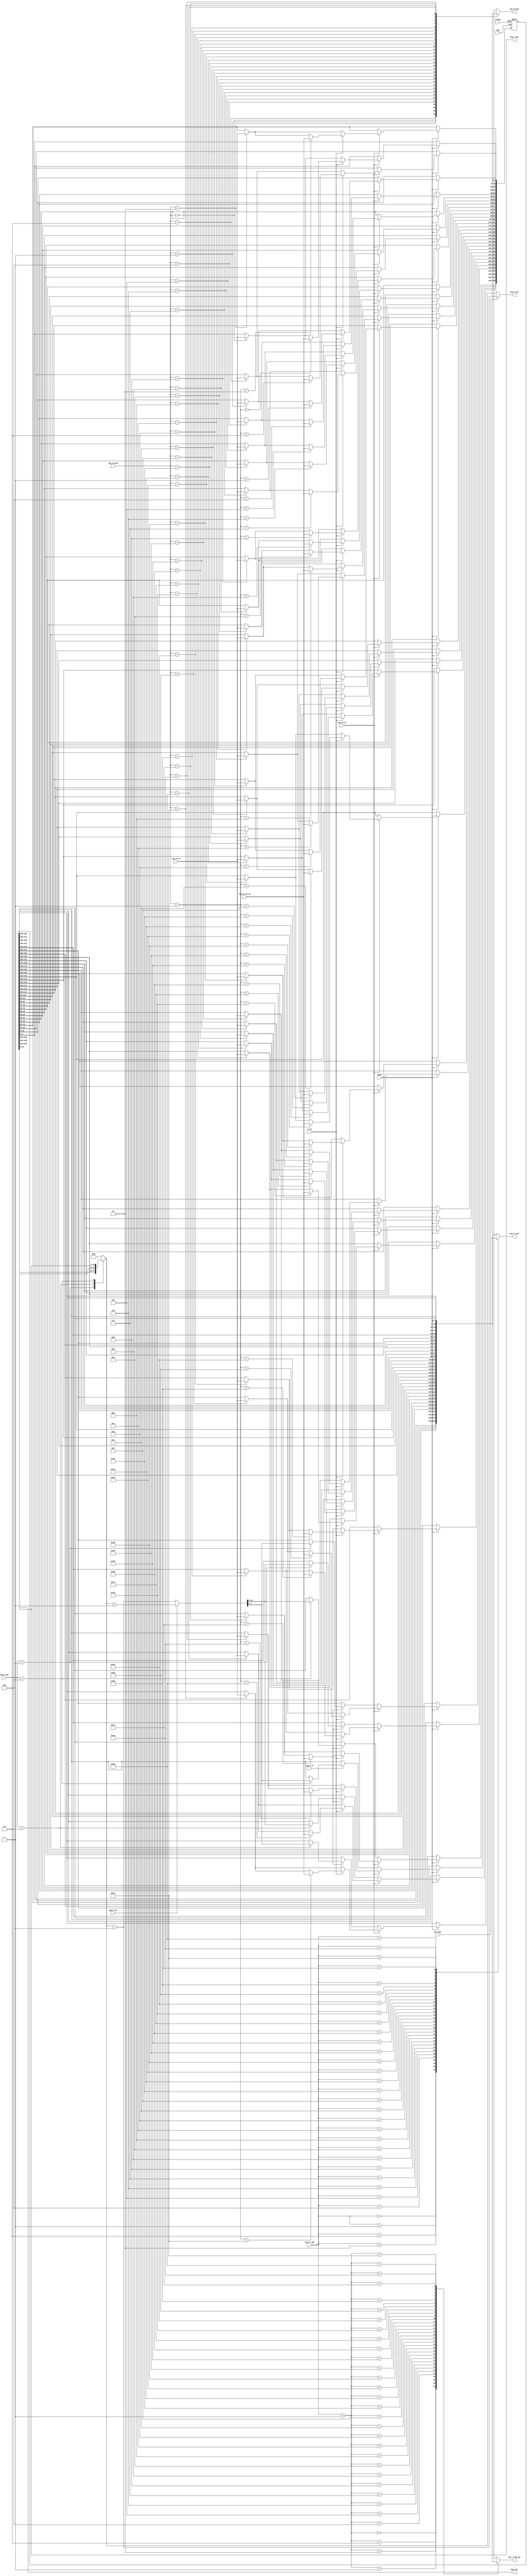
//**********************************************************************************************
//  General purpose register file for the AVR Core
//  Version 2.1 (Special version for the JTAG OCD)
//  Modified 02.11.2011
//  Designed by Ruslan Lepetenok
//  std_library was added
//  Converted to Verilog (Verilog-2001)
//  ((reg_rd_adr + 1) == i[4:0]) was replaced with ((reg_rd_adr[4:0] + 5'd1) == i[4:0]) to 
//  pass Formality check 
//  Modified 02.07.12
//**********************************************************************************************

`timescale 1 ns / 1 ns

module reg_file(
                cp2, 
		cp2en, 
		ireset, 
		reg_rd_in, 
		reg_rd_out, 
		reg_rd_adr, 
		reg_rr_out, 
		reg_rr_adr, 
		reg_rd_wr, 
		post_inc, 
		pre_dec, 
		reg_h_wr, 
		reg_h_out, 
		reg_h_adr, 
		reg_z_out, 
		w_op, 
		reg_rd_hb_in, 
		reg_rr_hb_out, 
		spm_out
		);
   
   parameter     use_rst = 1; // Used to implement reset for GPRF (for simulation)
   
   //Clock and reset
   input         cp2;
   input         cp2en;
   input         ireset;
   
   input [7:0]   reg_rd_in;
   output [7:0]  reg_rd_out;
   input [4:0]   reg_rd_adr;
   output [7:0]  reg_rr_out;
   input [4:0]   reg_rr_adr;
   input         reg_rd_wr;
   
   input         post_inc;		// POST INCREMENT FOR LD/ST INSTRUCTIONS
   input         pre_dec;		// PRE DECREMENT FOR LD/ST INSTRUCTIONS
   input         reg_h_wr;
   output [15:0] reg_h_out;
   input [2:0]   reg_h_adr;		// x,y,z
   output [15:0] reg_z_out;		// OUTPUT OF R31:R30 FOR LPM/ELPM/IJMP INSTRUCTIONS
   // Extended instructions 
   input         w_op;
   input [7:0]   reg_rd_hb_in;
   output [7:0]  reg_rr_hb_out;
   output [15:0] spm_out;
   
   reg [7:0]     gprf_current[0:31];
   reg [7:0]     gprf_next[0:31];
   wire [15:0]   reg_h_in;
   wire [15:0]   sg_adr16_postinc;
   wire [15:0]   sg_adr16_predec;
   reg [15:0]    sg_tmp_h_data;
   
   // Added 02.07.12
   localparam LP_GPRF_VECT_LEN = 8*32;
   
   reg [LP_GPRF_VECT_LEN-1:0]     gprf_current_vect;
   reg [LP_GPRF_VECT_LEN-1:0]     gprf_next_vect;   
   
//@@@@@@@@@@@@@@@@@@@@@@@@@@@@@@@@@@@@@@@@@@@@@@@@@@@@@@@@@@@@@@@@@@@@@@@@@@@@@@@@@@@@@@@@@@@@@@@@@@@@@@@@@@ 
 
 
   always@*
   begin : vec_array_cnv
   integer i;
   integer j;
   reg[7:0] tmp_rg_v2a;
   reg[7:0] tmp_rg_a2v;
   
    for(i = 0;i < 32;i = i + 1) begin
     tmp_rg_a2v = gprf_next[i];
     for(j = 0;j < 8;j = j + 1) begin
      gprf_next_vect[i*8+j] = tmp_rg_a2v[j];
      tmp_rg_v2a[j] = gprf_current_vect[i*8+j];
     end
      gprf_current[i] = tmp_rg_v2a; 
    end
   end // vec_array_cnv
   
   generate

    if (!use_rst)
     begin : impl_no_rst
            
      always @(posedge cp2)
      begin: gprf_seq
            gprf_current_vect <= gprf_next_vect;  // Must be modified (array)
         end // gprf_seq
      end // impl_no_rst

      else // (use_rst == 1)
      begin : impl_rst
         
         always @(posedge cp2 or negedge ireset)
         begin: gprf_seq
            if (!ireset)
             gprf_current_vect <= {LP_GPRF_VECT_LEN{1'b0}};  // Must be modified (array)
            else 
             gprf_current_vect <= gprf_next_vect;  // Must be modified (array)
            end // gprf_seq
         end // impl_rst


    endgenerate
         
         assign sg_adr16_postinc = sg_tmp_h_data + 1;		// Address incrementer
         assign sg_adr16_predec  = sg_tmp_h_data - 1;		// Address decrementer 
         
         // Address bus
         assign reg_h_out = ((pre_dec)) ? sg_adr16_predec : 		// PREDECREMENT
                            sg_tmp_h_data;		// NO PREDECREMENT
         
         // X/Y/Z registers inputs 
         assign reg_h_in = ((post_inc)) ? sg_adr16_postinc : 		// POST INC 
                           sg_adr16_predec;		// PRE DEC
         
         
//         always @(reg_h_adr or gprf_current)
         always @(*)
         begin: hi_regs_mux_comb
            sg_tmp_h_data = {16{1'b0}};
            case (reg_h_adr)
               3'b001 :		// Selects X
                  sg_tmp_h_data = {gprf_current[27], gprf_current[26]};
               3'b010 :		// Selects Y
                  sg_tmp_h_data = {gprf_current[29], gprf_current[28]};
               3'b100 :		// Selects Z
                  sg_tmp_h_data = {gprf_current[31], gprf_current[30]};
               default :
                  sg_tmp_h_data = {16{1'b0}};
            endcase
            end // hi_regs_mux_comb
            
            
//            always @(gprf_current or cp2en or reg_rd_in or reg_rd_adr or reg_rd_wr or reg_h_wr or reg_h_adr or w_op or reg_rd_hb_in or reg_h_in)
            always @(*)
            begin: gprf_comb
               integer       i;
               for(i = 0; i < 32; i = i + 1) gprf_next[i] = gprf_current[i];		// Avoid latches
               
               if (cp2en)		// Clock enable   
               begin
                  
                  if (reg_rd_wr)		// Write to GPRs 0..31 
                  begin
                     for (i = 0; i < 32; i = i + 1)
                        if ( reg_rd_adr == i[4:0])
                           gprf_next[i] = reg_rd_in;
                     
                     if (w_op)		// Write(Word) to GPRs 0..31/ 	  
                        for (i = 0; i < 32; i = i + 1)
//                           if ((reg_rd_adr + 1) == i[4:0]) // This line has a bug !!!
                         if ((reg_rd_adr[4:0] + 5'd1) == i[4:0])   // Modified for formality
                              gprf_next[i] = reg_rd_hb_in;
                  end
                  
                  else if (reg_h_wr)		// X/Y/Z regs Postincrenent/Predecrement  	
                     case (reg_h_adr)
                        3'b001 :		// X R26(Low)/R27(High)
                           begin
                              gprf_next[26] = reg_h_in[7:0];
                              gprf_next[27] = reg_h_in[15:8];
                           end
                        3'b010 :		// X R28(Low)/R29(High)
                           begin
                              gprf_next[28] = reg_h_in[7:0];
                              gprf_next[29] = reg_h_in[15:8];
                           end
                        3'b100 :		// X R30(Low)/R31(High)
                           begin
                              gprf_next[30] = reg_h_in[7:0];
                              gprf_next[31] = reg_h_in[15:8];
                           end
                        default : ; // !!!TBD!!! What to do by default???
                     endcase
               end
               		
               end  // gprf_comb
               
               assign reg_rd_out = gprf_current[reg_rd_adr];
               assign reg_rr_out = gprf_current[reg_rr_adr];
               
               assign reg_z_out = {gprf_current[31], gprf_current[30]};
               
	       wire[4:0] reg_rr_hb_idx = (reg_rr_adr + 1); // Fixed
               assign reg_rr_hb_out = gprf_current[reg_rr_hb_idx];		// !!TBD!!
               
               assign spm_out = {gprf_current[1], gprf_current[0]};
               
endmodule // reg_file